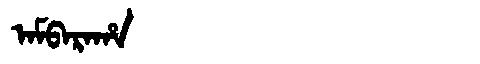
Manchu: ᠠᠮᠪᠠᡵᠠᡥᠠ
Romanization: AMBARAHA